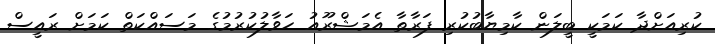
ކުރިއަށްދާ ކަމަކީ ބީލަން ކާމިޔާބުކުރި ފަރާތާ އެމަޝްރޫއު ހަވާލުކުރުމުގެ މަސައްކަތް ކަމަށް ރައީސް